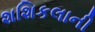
શશિકલાની